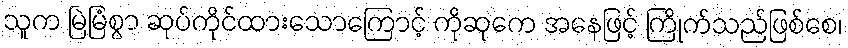
သူက မြဲမြံစွာ ဆုပ်ကိုင်ထားသောကြောင့် ကိုဆုကေ အနေဖြင့် ကြိုက်သည်ဖြစ်စေ၊